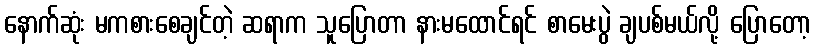
နောက်ဆုံး မကစားစေချင်တဲ့ ဆရာက သူပြောတာ နားမထောင်ရင် စာမေးပွဲ ချပစ်မယ်လို့ ပြောတော့